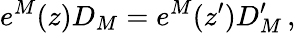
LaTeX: e^{M}(z)D_{M}=e^{M}(z^{\prime})D_{M}^{\prime}\, ,